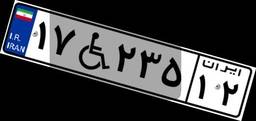
۱۷W۲۳۵۱۲